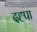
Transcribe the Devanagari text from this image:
दह्पा